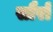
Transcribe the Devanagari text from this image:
सौरों